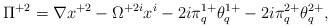
\begin{align*}\Pi^{+2}=\nabla x^{+2}-\Omega^{+2i}x^i-2i\pi^{1+}_q\theta^{1+}_q-2i\pi^{2+}_{q}\theta^{2+}_{q},\end{align*}